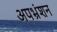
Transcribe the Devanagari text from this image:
अपभ्रंशन